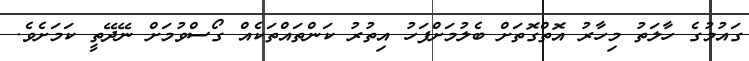
ގައުމުގެ ހާލަތު މިހާރު އޮތްގޮތަށް ބެލުމަށްފަހު އިތުރު ކަންތައްތަކެއް ގޯސްވުމަށް ނޭދޭތީ ކަމަށެވެ.